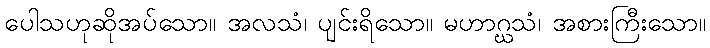
ပေါသဟုဆိုအပ်သော။ အလသံ၊ ပျင်းရိသော။ မဟာဂ္ဃသံ၊ အစားကြီးသော။